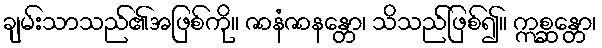
ချမ်းသာသည်၏အဖြစ်ကို။ ဇာနံဇာနန္တော၊ သိသည်ဖြစ်၍။ ဣစ္ဆန္တော၊